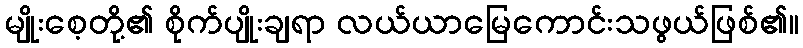
မျိုးစေ့တို့၏ စိုက်ပျိုးချရာ လယ်ယာမြေကောင်းသဖွယ်ဖြစ်၏။